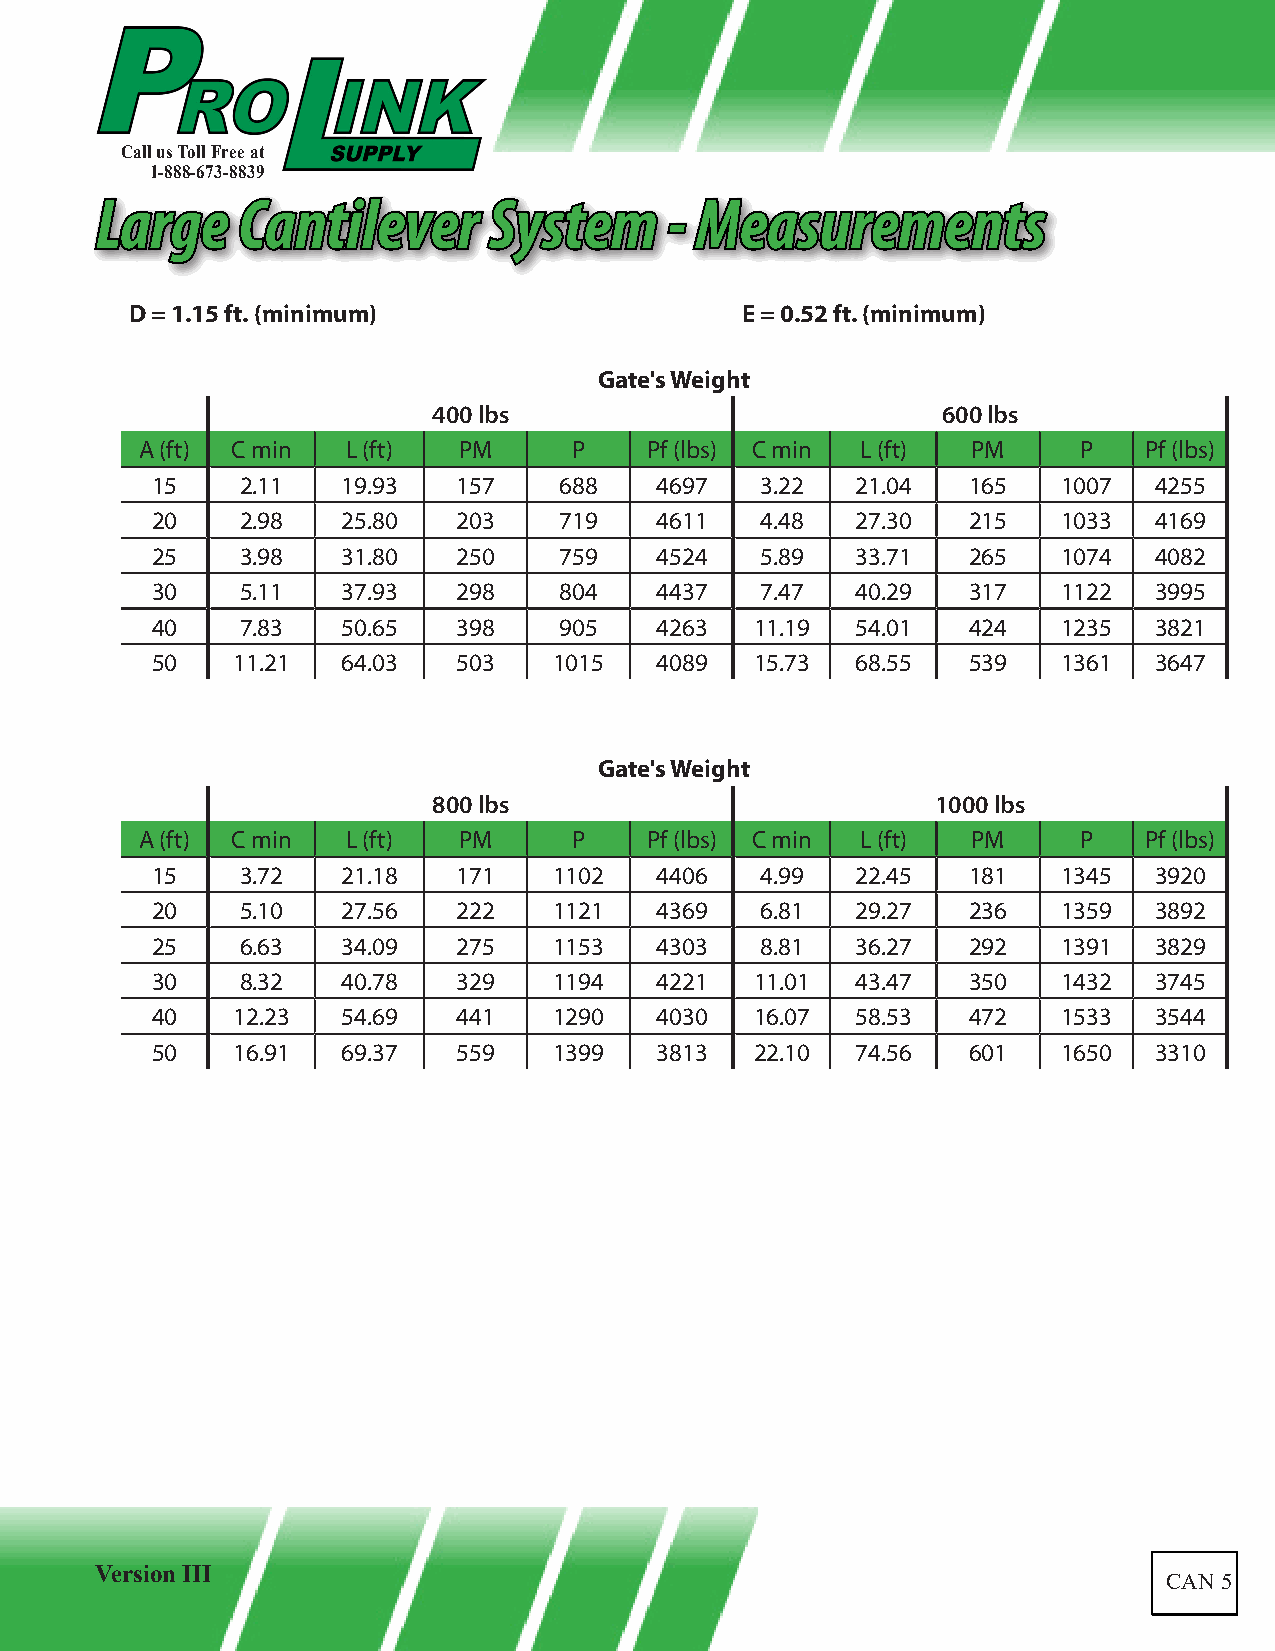
Call us Toll Free at
 1-888-673-8839
 LLaarrggee CCaannttiilleevveerr SSyysstteemm -- MMeeaassuurreemmeennttss
 D = 1.15 ft. (minimum)                  E = 0.52 ft. (minimum)
 Gate's Weight
 400 lbs                          600 lbs
 A (ft) C min  L (ft) PM      P    Pf (lbs) C min L (ft) PM    P    Pf (lbs)
 15    2.11   19.93  157    688   4697   3.22   21.04  165   1007  4255
 20    2.98   25.80  203    719   4611   4.48   27.30  215   1033  4169
 25    3.98   31.80  250    759   4524   5.89   33.71  265   1074  4082
 30    5.11   37.93  298    804   4437   7.47   40.29  317   1122  3995
 40    7.83   50.65  398    905   4263   11.19  54.01  424   1235  3821
 50   11.21   64.03  503    1015  4089   15.73  68.55  539   1361  3647
 Gate's Weight
 800 lbs                          1000 lbs
 A (ft) C min  L (ft) PM      P    Pf (lbs) C min L (ft) PM    P    Pf (lbs)
 15    3.72   21.18  171    1102  4406   4.99   22.45  181   1345  3920
 20    5.10   27.56  222    1121  4369   6.81   29.27  236   1359  3892
 25    6.63   34.09  275    1153  4303   8.81   36.27  292   1391  3829
 30    8.32   40.78  329    1194  4221   11.01  43.47  350   1432  3745
 40   12.23   54.69  441    1290  4030   16.07  58.53  472   1533  3544
 50   16.91   69.37  559    1399  3813   22.10  74.56  601   1650  3310
 Version III
 CAN 5